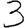
Digit: 3